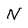
Character: N